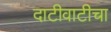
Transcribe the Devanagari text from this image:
दाटीवाटीचा